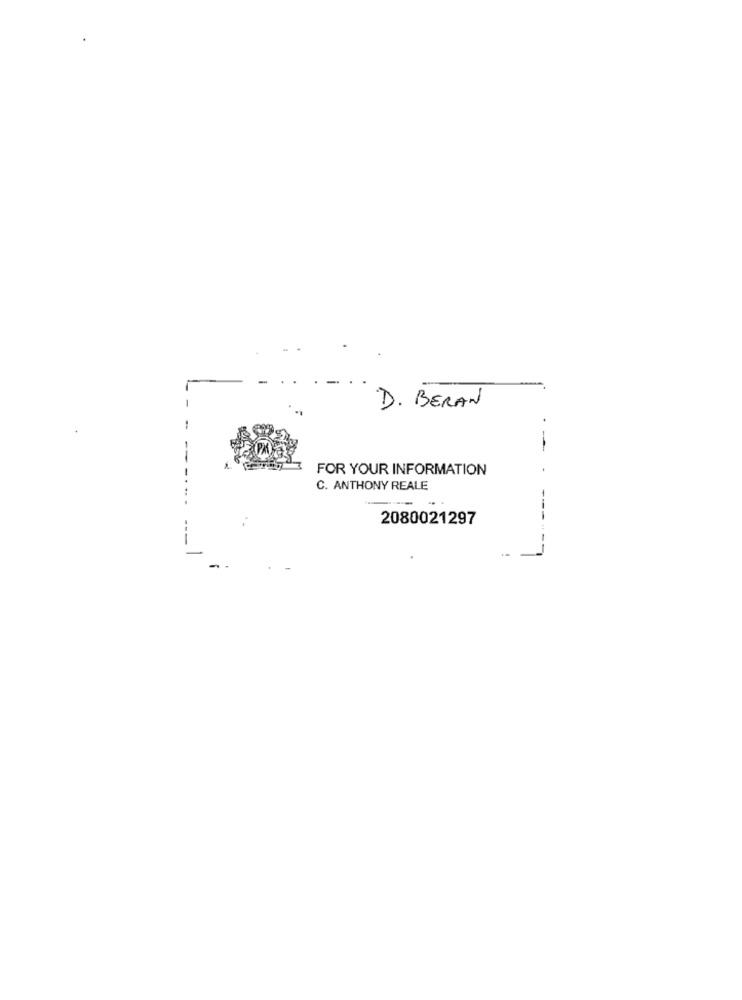
D. BERAN
FOR YOUR INFORMATION
C. ANTHONY REALE
.. .
2080021297
---
-
-